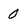
Character: 0